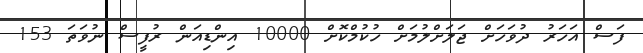
ފަސް އަހަރު ދުވަހަށް ޖަލަށްލުމަށް ހުކުމްކޮށް 10000 އިންޑިއަން ރުފީސް ނުވަތަ 153